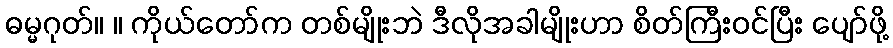
ဓမ္မဂုတ်။ ။ ကိုယ်တော်က တစ်မျိုးဘဲ ဒီလိုအခါမျိုးဟာ စိတ်ကြီးဝင်ပြီး ပျော်ဖို့